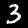
Label: 3